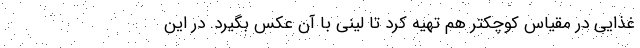
غذایی در مقیاس کوچکتر هم تهیه کرد تا لینی با آن عکس بگیرد. در این